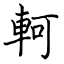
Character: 軻